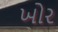
ખોર